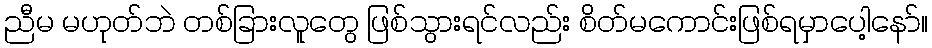
ညီမ မဟုတ်ဘဲ တစ်ခြားလူတွေ ဖြစ်သွားရင်လည်း စိတ်မကောင်းဖြစ်ရမှာပေါ့နော်။